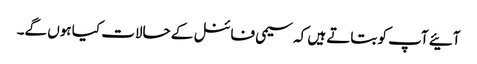
آئیے آپ کو بتاتے ہیں کہ سیمی فائنل کے حالات کیا ہوں گے۔